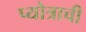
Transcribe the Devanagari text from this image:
प्योत्राची